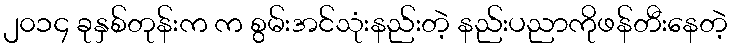
၂၀၁၄ ခုနှစ်တုန်းက က စွမ်းအင်သုံးနည်းတဲ့ နည်းပညာကိုဖန်တီးနေတဲ့